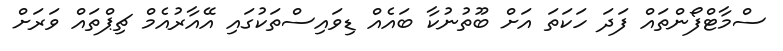
ސްމާޓްފޯންތައް ފަދަ ހަކަތަ އަށް ބޫތުނުކާ ބައެއް ޑިވައިސްތަކުގައި އޭއާރުއެމް ޗިޕްތައް ވަރަށް